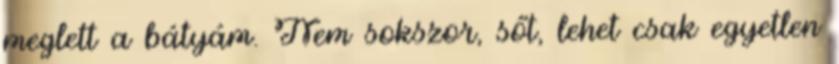
meglett a bátyám. Nem sokszor, sőt, lehet csak egyetlen